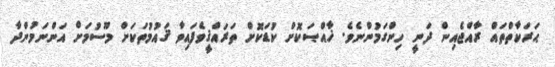
ޙަރަކާތްތައް ރާއްޖެއިން ދަނީ ހިންގަމުންނެވެ. ޚާއްޞަކޮށް ކުޑަކޮށް ތަރައްޤީވެފައިވާ ޤައުމުތަކަށް މޫސުމަށް އަންނަމުންދާ